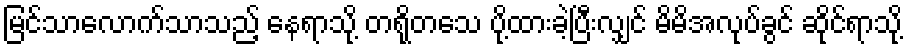
မြင်သာလောက်သာသည့် နေရာသို့ တရိုတသေ ပို့ထားခဲ့ပြီးလျှင် မိမိအလုပ်ခွင် ဆိုင်ရာသို့